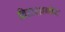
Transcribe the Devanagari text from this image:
बिद्दाशागोर